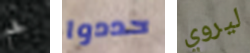
فحم حددوا ليروي